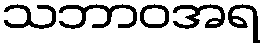
သဘာဝအရ